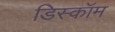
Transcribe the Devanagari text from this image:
डिस्कॉम